Report on the bubonic plague in Bombay, 1896-1897
Year: 1896
Disease focus: Plague
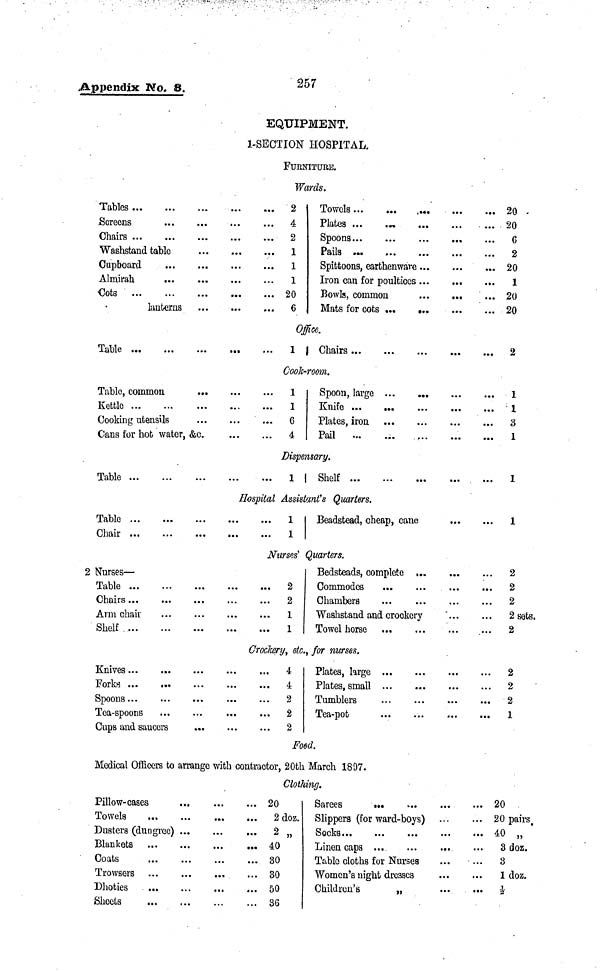
Appendix No. 8.
257
EQUIPMENT.
1-SECTION HOSPITAL.
FURNITURE.
Wards.
Tables...
Screens
Chairs ...
...
...
...
Washstand table
Cupboard
Almirah
Cota ...
...
...
...
lanterns
...
...
...
...
...
...
...
...
...
...
...
...
...
...
...
...
...
...
...
....
...
...
...
...
2
4
2
1
1
1
20
6
Towels ...
Plates ...
Spoons ...
Pails
...
...
Spittoons, earthenware
Iron can for poultices
Bowls, common
Mats for cots ...
...
...
...
...
...
...
...
•••
...
....
...
...
....
...
...
...
...
...
...
...
...
...
....
...
20
20
6
2
20
1
20
20
Office.
Table ... ...
...
...
...
1 | Chairs... ...
...
...
...
2
Cook-room.
Tablo, common
Kettle ... ...
Cooking utensils
Cans for hot water,
...
...
...
&c.
...
...
...
...
...
...
...
...
1
1
6
4
Spoon, large
Knife ...
Plates, iron
Pail
...
...
...
...
...
...
...
...
...
...
...
....
...
...
...
...
...
1
1
3
1
Dispensary.
Table ... ...
...
...
...
1
Shelf ... ...
...
...
...
1
Hospital Assistant's Quarters.
Table ...
Chair ...
...
...
...
...
...
...
...
...
1
1
Beadstead, cheap, cane
...
...
1
Nurses' Quarters.
2 Nurses—
Table ...
Chairs ...
Arm chair
Shelf ...
...
...
...
...
...
...
...
...
...
...
...
...
...
...
...
...
2
2
1
1
Bedsteads, complete ...
Commodes ... ...
Chambers
...
....
Washstand and crookcry
Towal horse ...
...
...
...
...
...
...
...
...
...
...
2
2
2
2
2
sets.
Groc&ary, etc., for nurses.
Knives ... ...
Fork...
...
Spoons ... ...
Tea-spoons ...
Cups and saucers
...
...
...
...
...
...
...
...
...
...
...
...
...
...
...
4
4
2
2
2
Plates, forge
Plates, small
Tumblers
Tea-pot
...
...
...
...
...
...
...
...
...
...
...
...
...
...
...
...
2
2
2
1
Foed.
Medical Officers to arrange with contractor, 20th March 1807.
Clothing.
Pillow-cases
Towels ...
Dusters (dungrec)
Blankets ...
Coats ...
Trowsers ...
Dhoties ...
Sheets ...
...
...
...
...
...
...
...
...
...
...
...
...
...
...
...
...
...
...
...
...
...
...
...
...
20
2doz.
2 „
40
30
30
50
36
Sarees ...
Slippers (forward-boys)
Socks ... ...
Linen caps ... ...
Table cloths for Nurses
Women's night dresses
Children's
„
...
...
...
...
...
...
...
...
...
...
...
...
...
...
20
20 pairs.
40 „
3doz.
3 doz.
1 doz.
1/2